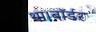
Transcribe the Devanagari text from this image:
था।बॉर्डर